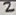
Text: 2